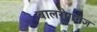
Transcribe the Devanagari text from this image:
बालरोगतज्ञ